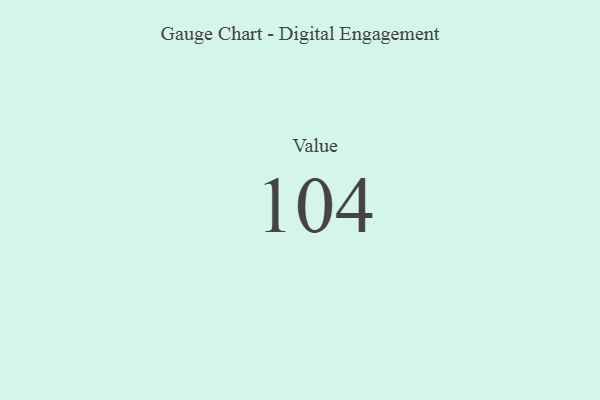
{"axis": {"x": "Metric", "y": "Value"}, "legend": [""], "data": [{"x": "Value", "y": 104, "type": ""}]}